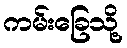
ကမ်းခြေသို့